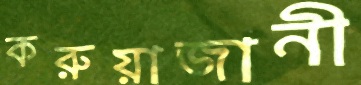
করুয়াজানী